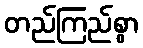
တည်ကြည်စွာ